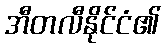
အီတလီနိုင်ငံ၏